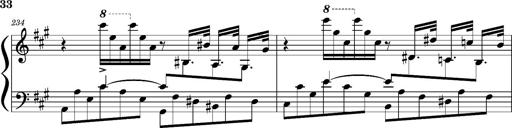
Title: Concerto sans orchestre, S.524a
Composer: Franz Liszt
Key: A major